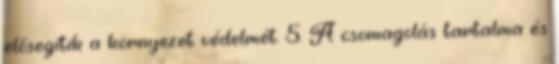
elősegítik a környezet védelmét. 5. A csomagolás tartalma és